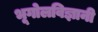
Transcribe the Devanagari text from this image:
भूगोलविज्ञानी